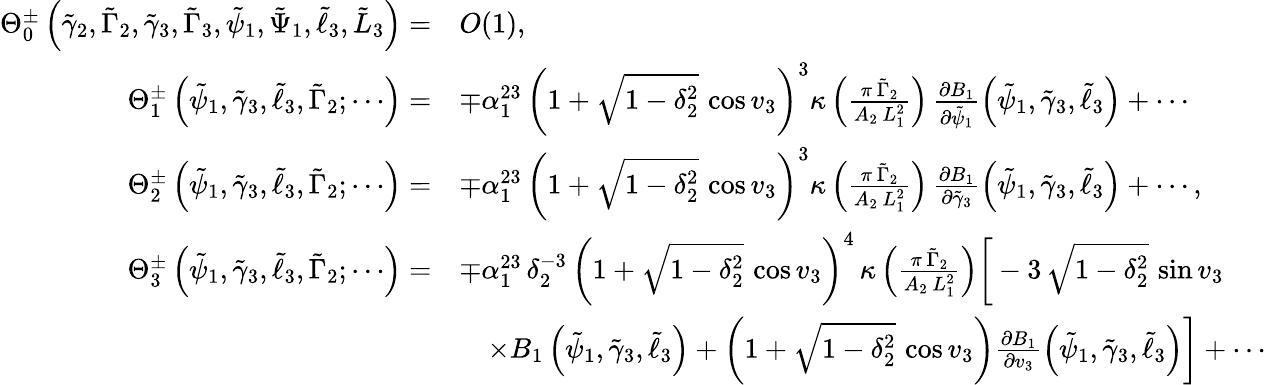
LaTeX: \begin{array}{rl}{\Theta_{0}^{\pm}\left(\tilde{\gamma}_{2},\tilde{\Gamma}_{2},\tilde{\gamma}_{3},\tilde{\Gamma}_{3},\tilde{\psi}_{1},\tilde{\Psi}_{1},\tilde{\ell}_{3},\tilde{L}_{3}\right)=}&{O(1),}\\ {\Theta_{1}^{\pm}\left(\tilde{\psi}_{1},\tilde{\gamma}_{3},\tilde{\ell}_{3},\tilde{\Gamma}_{2};\cdots\right)=}&{\mp\alpha_{1}^{23}\, \left(1+\sqrt{1-\delta_{2}^{2}}\, \cos v_{3}\right)^{3}\kappa\left(\frac{\pi\, \tilde{\Gamma}_{2}}{A_{2}\, L_{1}^{2}}\right)\, \frac{\partial B_{1}}{\partial\tilde{\psi}_{1}}\left(\tilde{\psi}_{1},\tilde{\gamma}_{3},\tilde{\ell}_{3}\right)+\cdots}\\ {\Theta_{2}^{\pm}\left(\tilde{\psi}_{1},\tilde{\gamma}_{3},\tilde{\ell}_{3},\tilde{\Gamma}_{2};\cdots\right)=}&{\mp\alpha_{1}^{23}\, \left(1+\sqrt{1-\delta_{2}^{2}}\, \cos v_{3}\right)^{3}\kappa\left(\frac{\pi\, \tilde{\Gamma}_{2}}{A_{2}\, L_{1}^{2}}\right)\, \frac{\partial B_{1}}{\partial\tilde{\gamma}_{3}}\left(\tilde{\psi}_{1},\tilde{\gamma}_{3},\tilde{\ell}_{3}\right)+\cdots,}\\ {\Theta_{3}^{\pm}\left(\tilde{\psi}_{1},\tilde{\gamma}_{3},\tilde{\ell}_{3},\tilde{\Gamma}_{2};\cdots\right)=}&{\mp\alpha_{1}^{23}\, \delta_{2}^{-3}\, \left(1+\sqrt{1-\delta_{2}^{2}}\, \cos v_{3}\right)^{4}\, \kappa\left(\frac{\pi\, \tilde{\Gamma}_{2}}{A_{2}\, L_{1}^{2}}\right)\bigg[-3\, \sqrt{1-\delta_{2}^{2}}\, \sin v_{3}}\\ &{\quad\times B_{1}\left(\tilde{\psi}_{1},\tilde{\gamma}_{3},\tilde{\ell}_{3}\right)+\left(1+\sqrt{1-\delta_{2}^{2}}\, \cos v_{3}\right)\frac{\partial B_{1}}{\partial v_{3}}\left(\tilde{\psi}_{1},\tilde{\gamma}_{3},\tilde{\ell}_{3}\right)\bigg]+\cdots}\end{array}